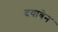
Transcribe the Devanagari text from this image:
दयाबेन